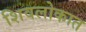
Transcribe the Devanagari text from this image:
शिवलोकात